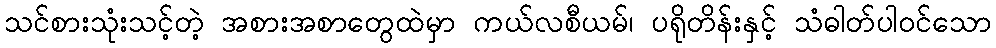
သင်စားသုံးသင့်တဲ့ အစားအစာတွေထဲမှာ ကယ်လစီယမ်၊ ပရိုတိန်းနှင့် သံဓါတ်ပါဝင်သော